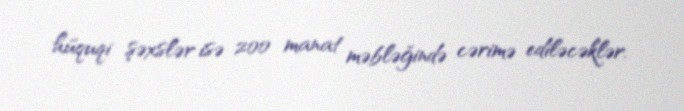
hüquqi şəxslər isə 200 manat məbləğində cərimə ediləcəklər.